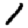
Digit: 1